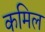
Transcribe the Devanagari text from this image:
कमिल